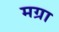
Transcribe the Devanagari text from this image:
मग्रा